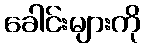
ခေါင်းများကို